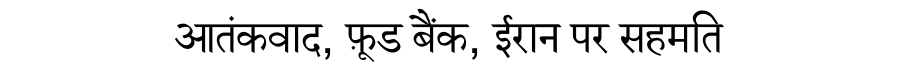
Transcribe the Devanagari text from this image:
आतंकवाद, फ़ूड बैंक, ईरान पर सहमति